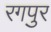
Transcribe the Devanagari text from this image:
रगपुर